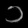
Digit: ၁